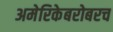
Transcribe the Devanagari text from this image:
अमेरिकेबरोबरच